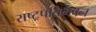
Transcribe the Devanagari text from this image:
राष्ट्रपतिभवन